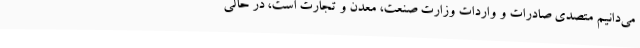
می‌دانیم متصدی صادرات و واردات وزارت صنعت، معدن و تجارت است، در حالی